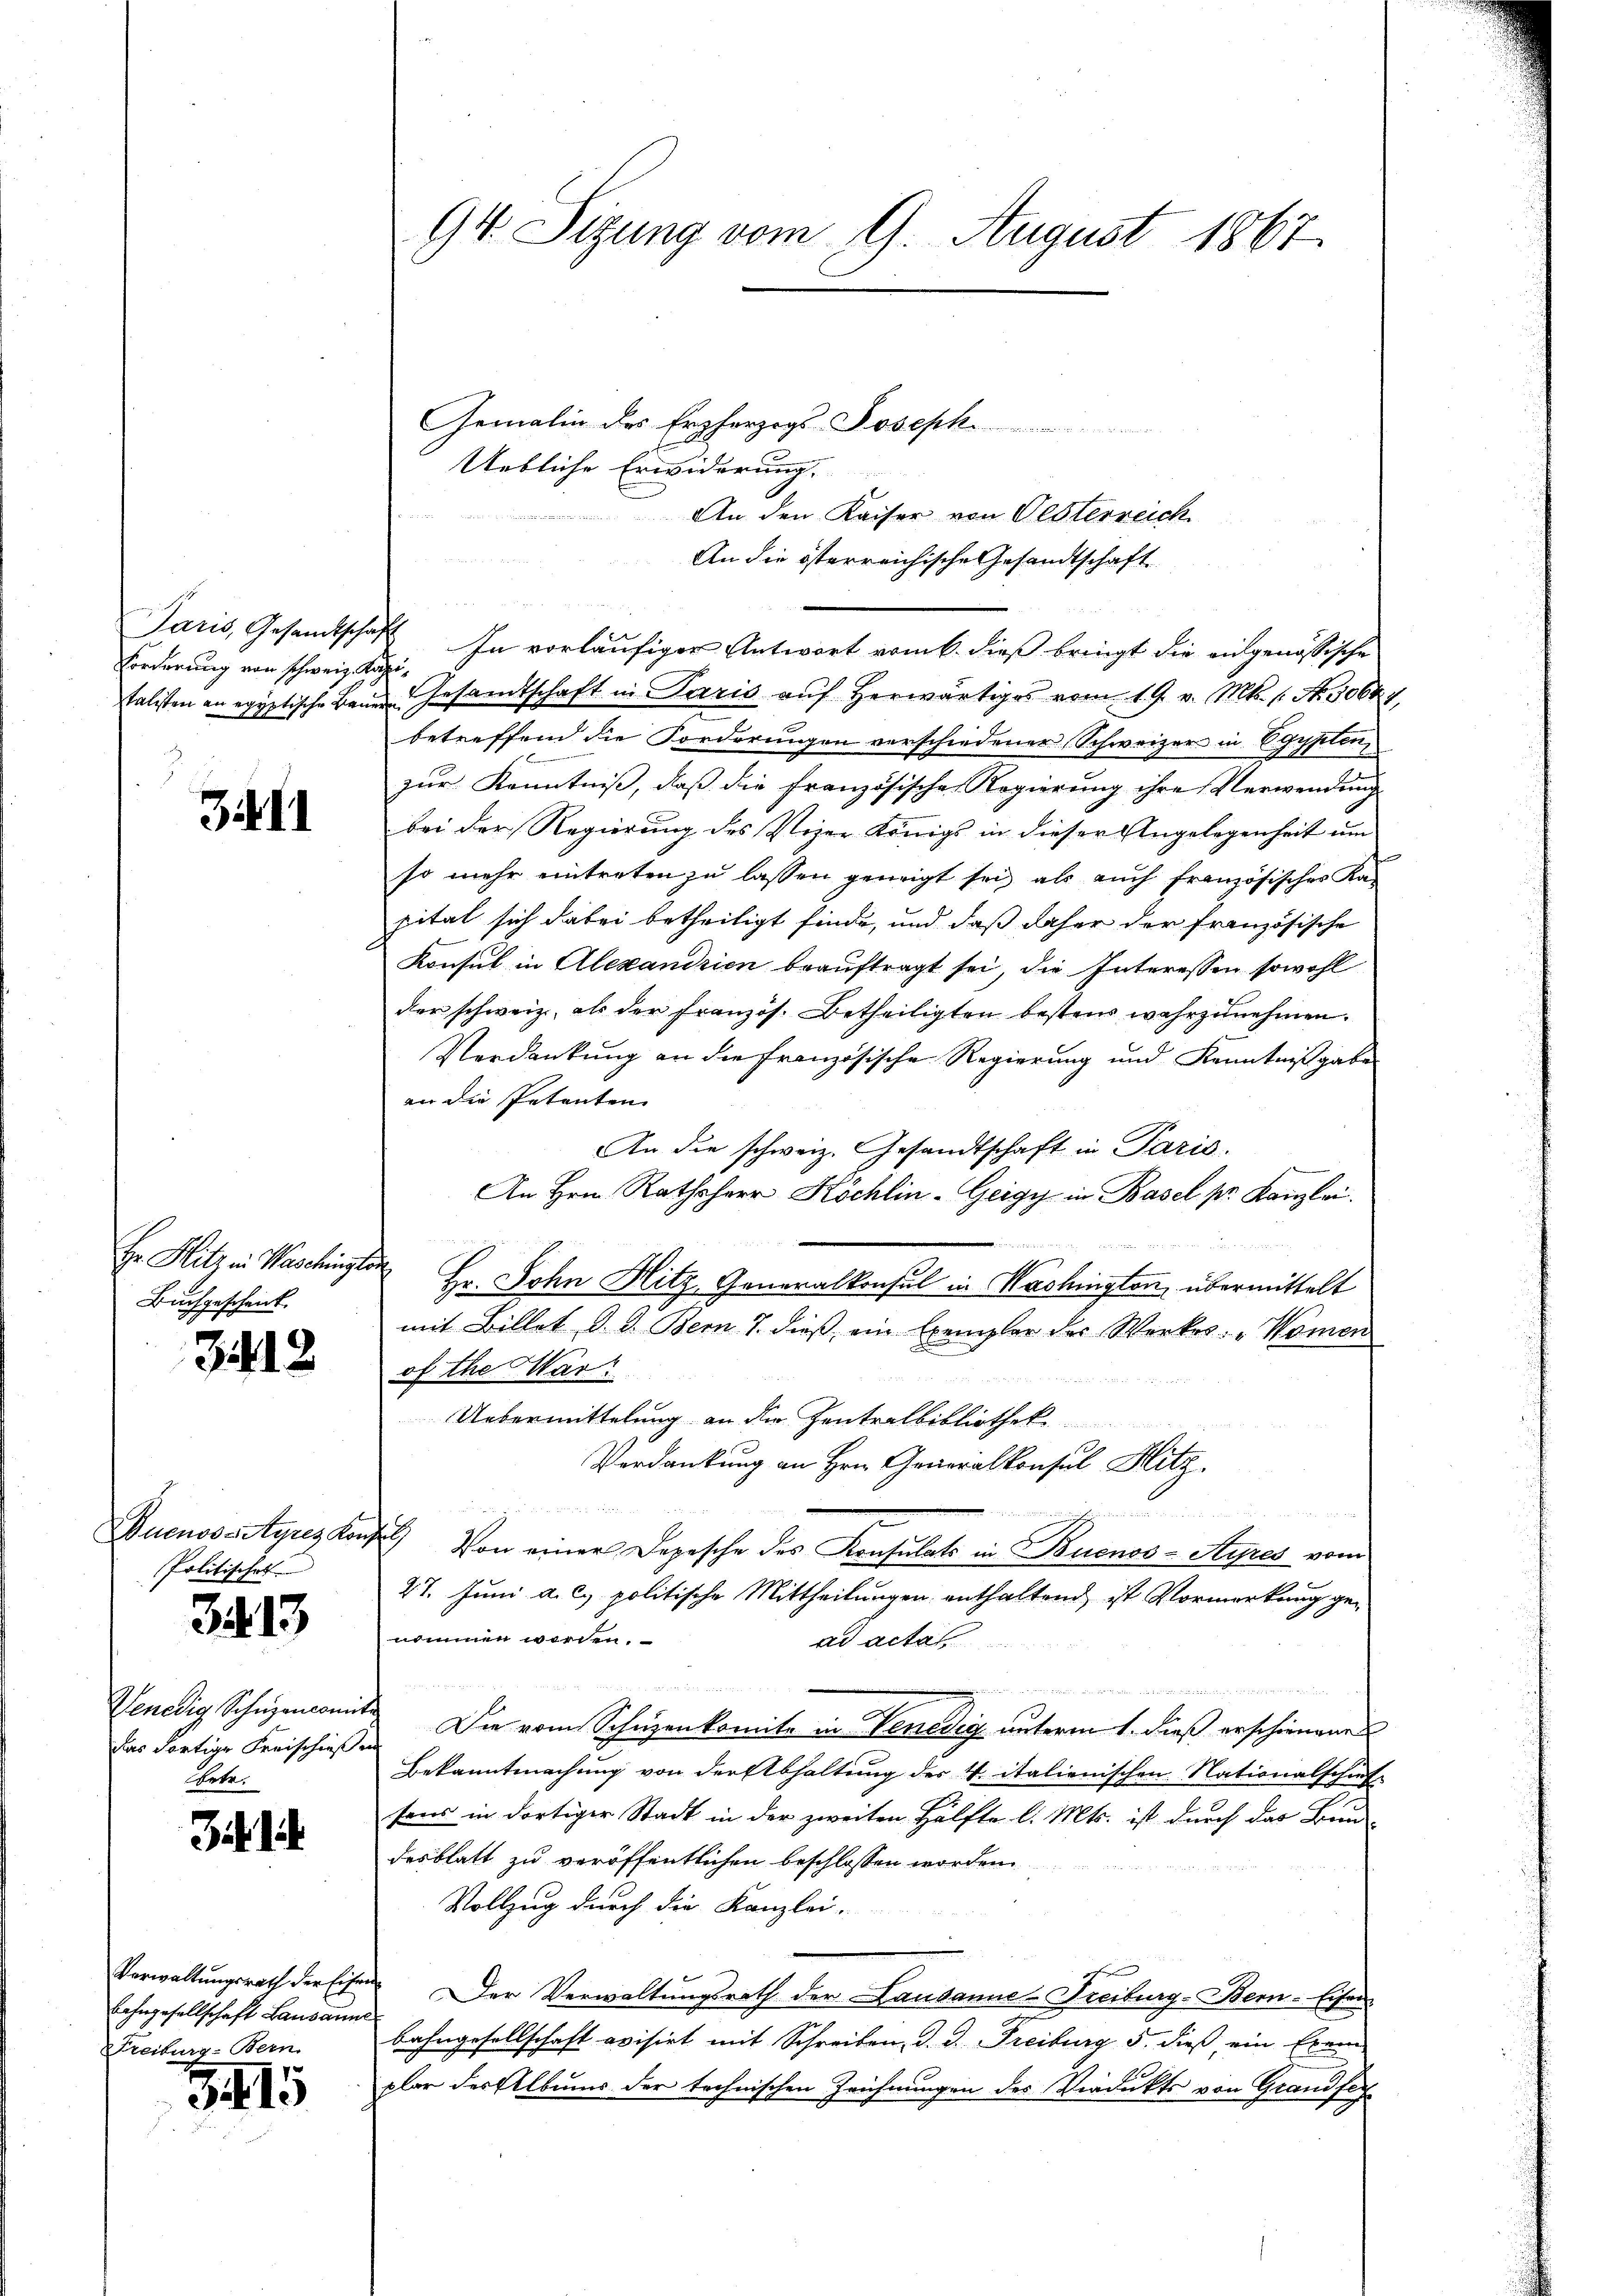
Paris, Gesandtscha
Forderung von schweiz. Kapi¬

it 11

Er Hitz in Waschingter
Buchgeschenk.

3412

Duenos-Ayres kon,
Politischen

3413

Venedig, Schüzenconn
das dortige Freischieße
Arte.

Zi. 1

Verwaltungsrath der Eifer
Lahngesellschaft Lausann
Freiburg-Bern

3415

94. Sizung vom 9. August 1867.

Gemalin des Erzherzogs-Joseph
Uebliche Erwiderung.
An den Kaiser von Oesterreich
An die österreichische Gesandtschaft
 In vorläufiger Antwort vom 6. dieß bringt die eingenössische
talisten an egyptische Baue Gesamtschaft in Paris auf herwärtiges vom 19. v. Mts. 1. No. 5064
betreffend die Forderungen verschiedener Schweizer in Egypten,
zur Kenntniß, daß die französische Regierung ihre Verwendung
bei der Regierung des Vizer Königs in dieser Angelegenheit um
so mehr eintreten zu lassen geneigt sei, als auch französisches Ka-
pital sich dabei betheiligt finde, und daß daher der französische
Konsul in Alexandrien beauftragt sei, die Interessen sowohl
der schweiz, als der französ. Betheiligten bestens wahrzunehmen.
Verdankung an die Französische Regierung und Kenntnißgabe
an die Petenten
An die schweiz. Gesandtschaft in Paris.
An Hrn. Rathsherr Köchlin-Geigy in Basel pr. Kanzlei.

 Hr. John Hitz, Generalkonsul in Washington, übermittelt
mit Billet d. d. Bern T. dieß ein Exemplar der Werkes: "Nomen
of the Mar
Uebermittelung an die Zentralbibliothek
Verdankung an Hrn. Generalkonsul Hitz.

S
2) Von einer Depesche des Konsulats in Buenos-Aypes vom
27. Juni a. c. politische Mittheilungen enthaltend ist Vormerkung genommen werden.
ad actat
s
de anderenden wieder Me
 Die vom Schüzenkomite in Venedig unterm 1. dieß erschienenen
Bekanntmachung von der Abhaltung des V. italienischen Nationalschaf
sens in dortiger Stadt in der zweiten Hälfte l. Mts. ist durch das Bun-
desblatt zu veröffentlichen beschlossen worden.
Vollzug durch die Kanzlei-
Der Verwaltungsrath der Landanne-Freiburg-Ber-Eisen
bahngesellschaft evisirt mit Schreiben, d. d. Freiburg 5. dieß ein Exem
plar des Albums der technischen Zeichnungen des Viadukts von Grandfes